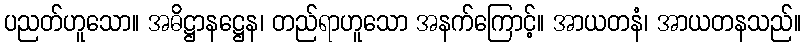
ပညတ်ဟူသော။ အဓိဋ္ဌာနဋ္ဌေန၊ တည်ရာဟူသော အနက်ကြောင့်။ အာယတနံ၊ အာယတနသည်။